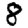
Digit: 8